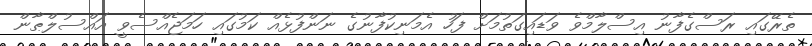
ތެރޭގައި ރަސްގެފާނު އިސްލާމްވެ ވަޑައިގަތުމަށް ފަހު އެމަނިކުފާނުގެ ނަންފުޅެއް ކަމުގައި ހަމަޖެއްސެވީ އައްސުލްޠާން